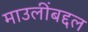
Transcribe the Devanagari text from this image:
माउलींबद्दल